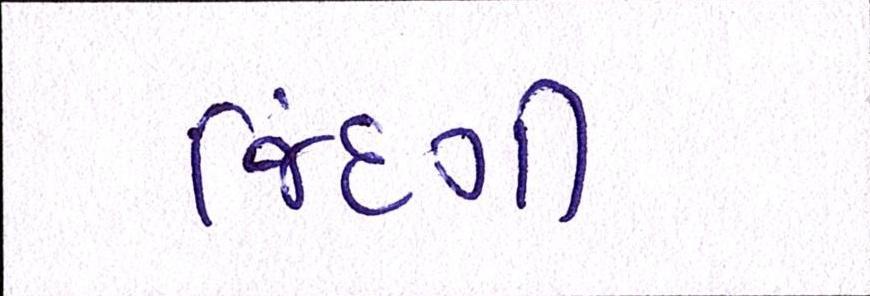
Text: જિંદગી